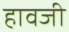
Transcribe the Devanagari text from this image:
हावजी